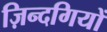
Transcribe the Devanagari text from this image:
ज़िन्दगियों